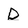
Character: D